画像に写った文字を読んでください
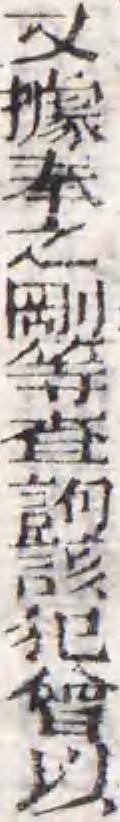
「又據奉之剛等査訽該犯會以」と書いてあります